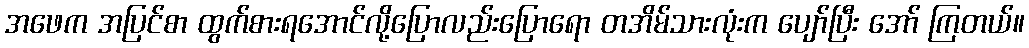
အဖေက အပြင်စာ ထွက်စားရအောင်လို့ပြောလည်းပြောရော တအိမ်သားလုံးက ပျော်ပြီး အော် ကြတယ်။